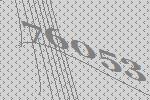
76053